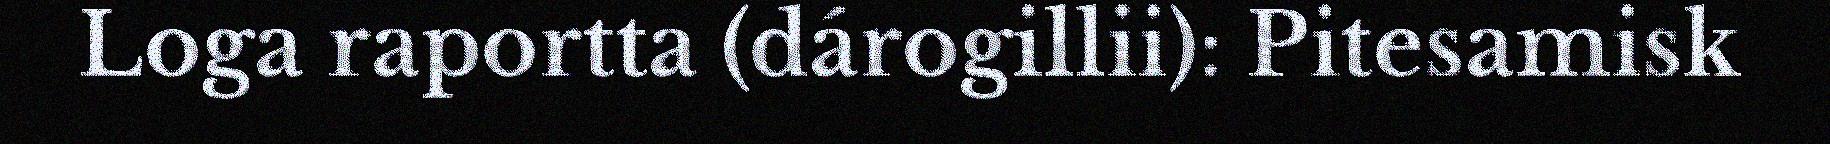
Loga raportta (dárogillii): Pitesamisk